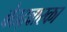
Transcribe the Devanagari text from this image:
बेठद्वारका